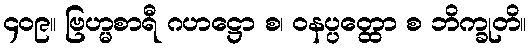
၄၀၉။ ဗြဟ္မစာရီ ဂဟဋ္ဌော စ၊ ဝနပ္ပတ္ထော စ ဘိက္ခုတိ။